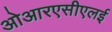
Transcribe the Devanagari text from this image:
ओआरएसीएलई